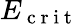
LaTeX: E_{\mathrm{~c~r~i~t~}}